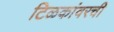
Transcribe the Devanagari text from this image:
टिळकांवरची